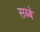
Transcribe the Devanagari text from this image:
सब्बे